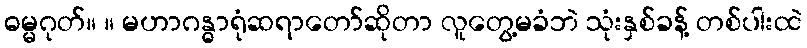
ဓမ္မဂုတ်။ ။ မဟာဂန္ဓာရုံဆရာတော်ဆိုတာ လူတွေ့မခံဘဲ သုံးနှစ်ခန့် တစ်ပါးထဲ